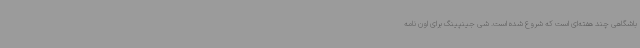
باشگاهی چند هفته‌ای است که شروع شده است. شی جینپینگ برای اون نامه